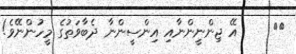
٣١     އޭ ޖިންނީންނާއި އިންސީންނާ ދެބާވަތުގެ މީހުންނޭވެ!